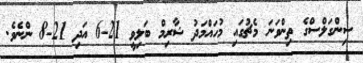
ސިންގަލްސްގެ ތިންވަނަ މެޗުގައި މުހައްމަދު ޝާރިމް ބަލިވީ 21-6 އަދި 21-8 ންނެވެ.